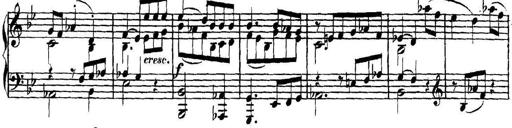
Title: Collected Piano Sonatas
Composer: Muzio Clementi